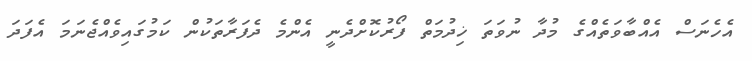
އެހެނަސް އެއްބާވަތެއްގެ މުދާ ނުވަތަ ޚިދުމަތް ފޯރުކޮށްދެނީ އެންމެ ދެފަރާތަކުން ކަމުގައިވެއްޖެނަމަ އެފަދަ